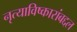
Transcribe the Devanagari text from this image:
नृत्याविष्कारांबद्दल